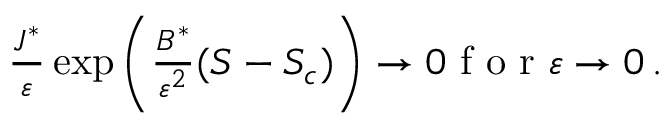
\begin{array} { r } { \frac { J ^ { * } } { { \varepsilon } } \exp \left( \frac { B ^ { * } } { { \varepsilon } ^ { 2 } } ( S - S _ { c } ) \right) \to 0 \mathrm { ~ f ~ o ~ r ~ } { \varepsilon } \to 0 \, . } \end{array}